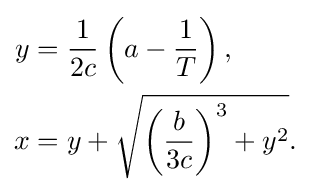
{\begin{aligned}y&={\frac {1}{2c}}\left(a-{\frac {1}{T}}\right),\\x&=y+{\sqrt {\left({\frac {b}{3c}}\right)^{3}+y^{2}}}.\end{aligned}}